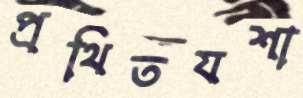
প্রথিতযশা